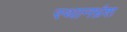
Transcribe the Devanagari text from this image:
स्थानभ्रंश